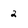
Character: 2